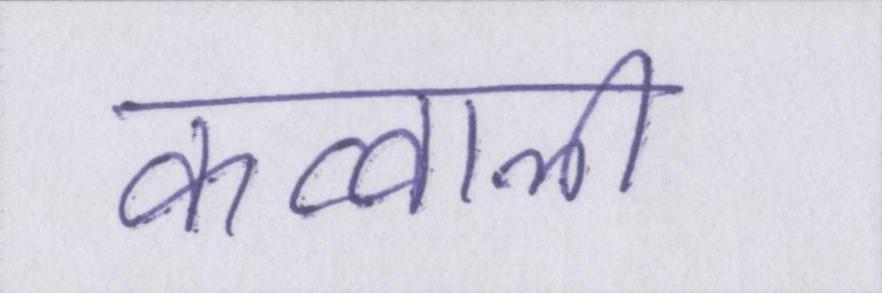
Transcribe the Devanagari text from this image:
क़व्वाली